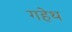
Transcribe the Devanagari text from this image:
गहेथ